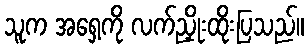
သူက အရှေ့ကို လက်ညှိုးထိုးပြသည်။